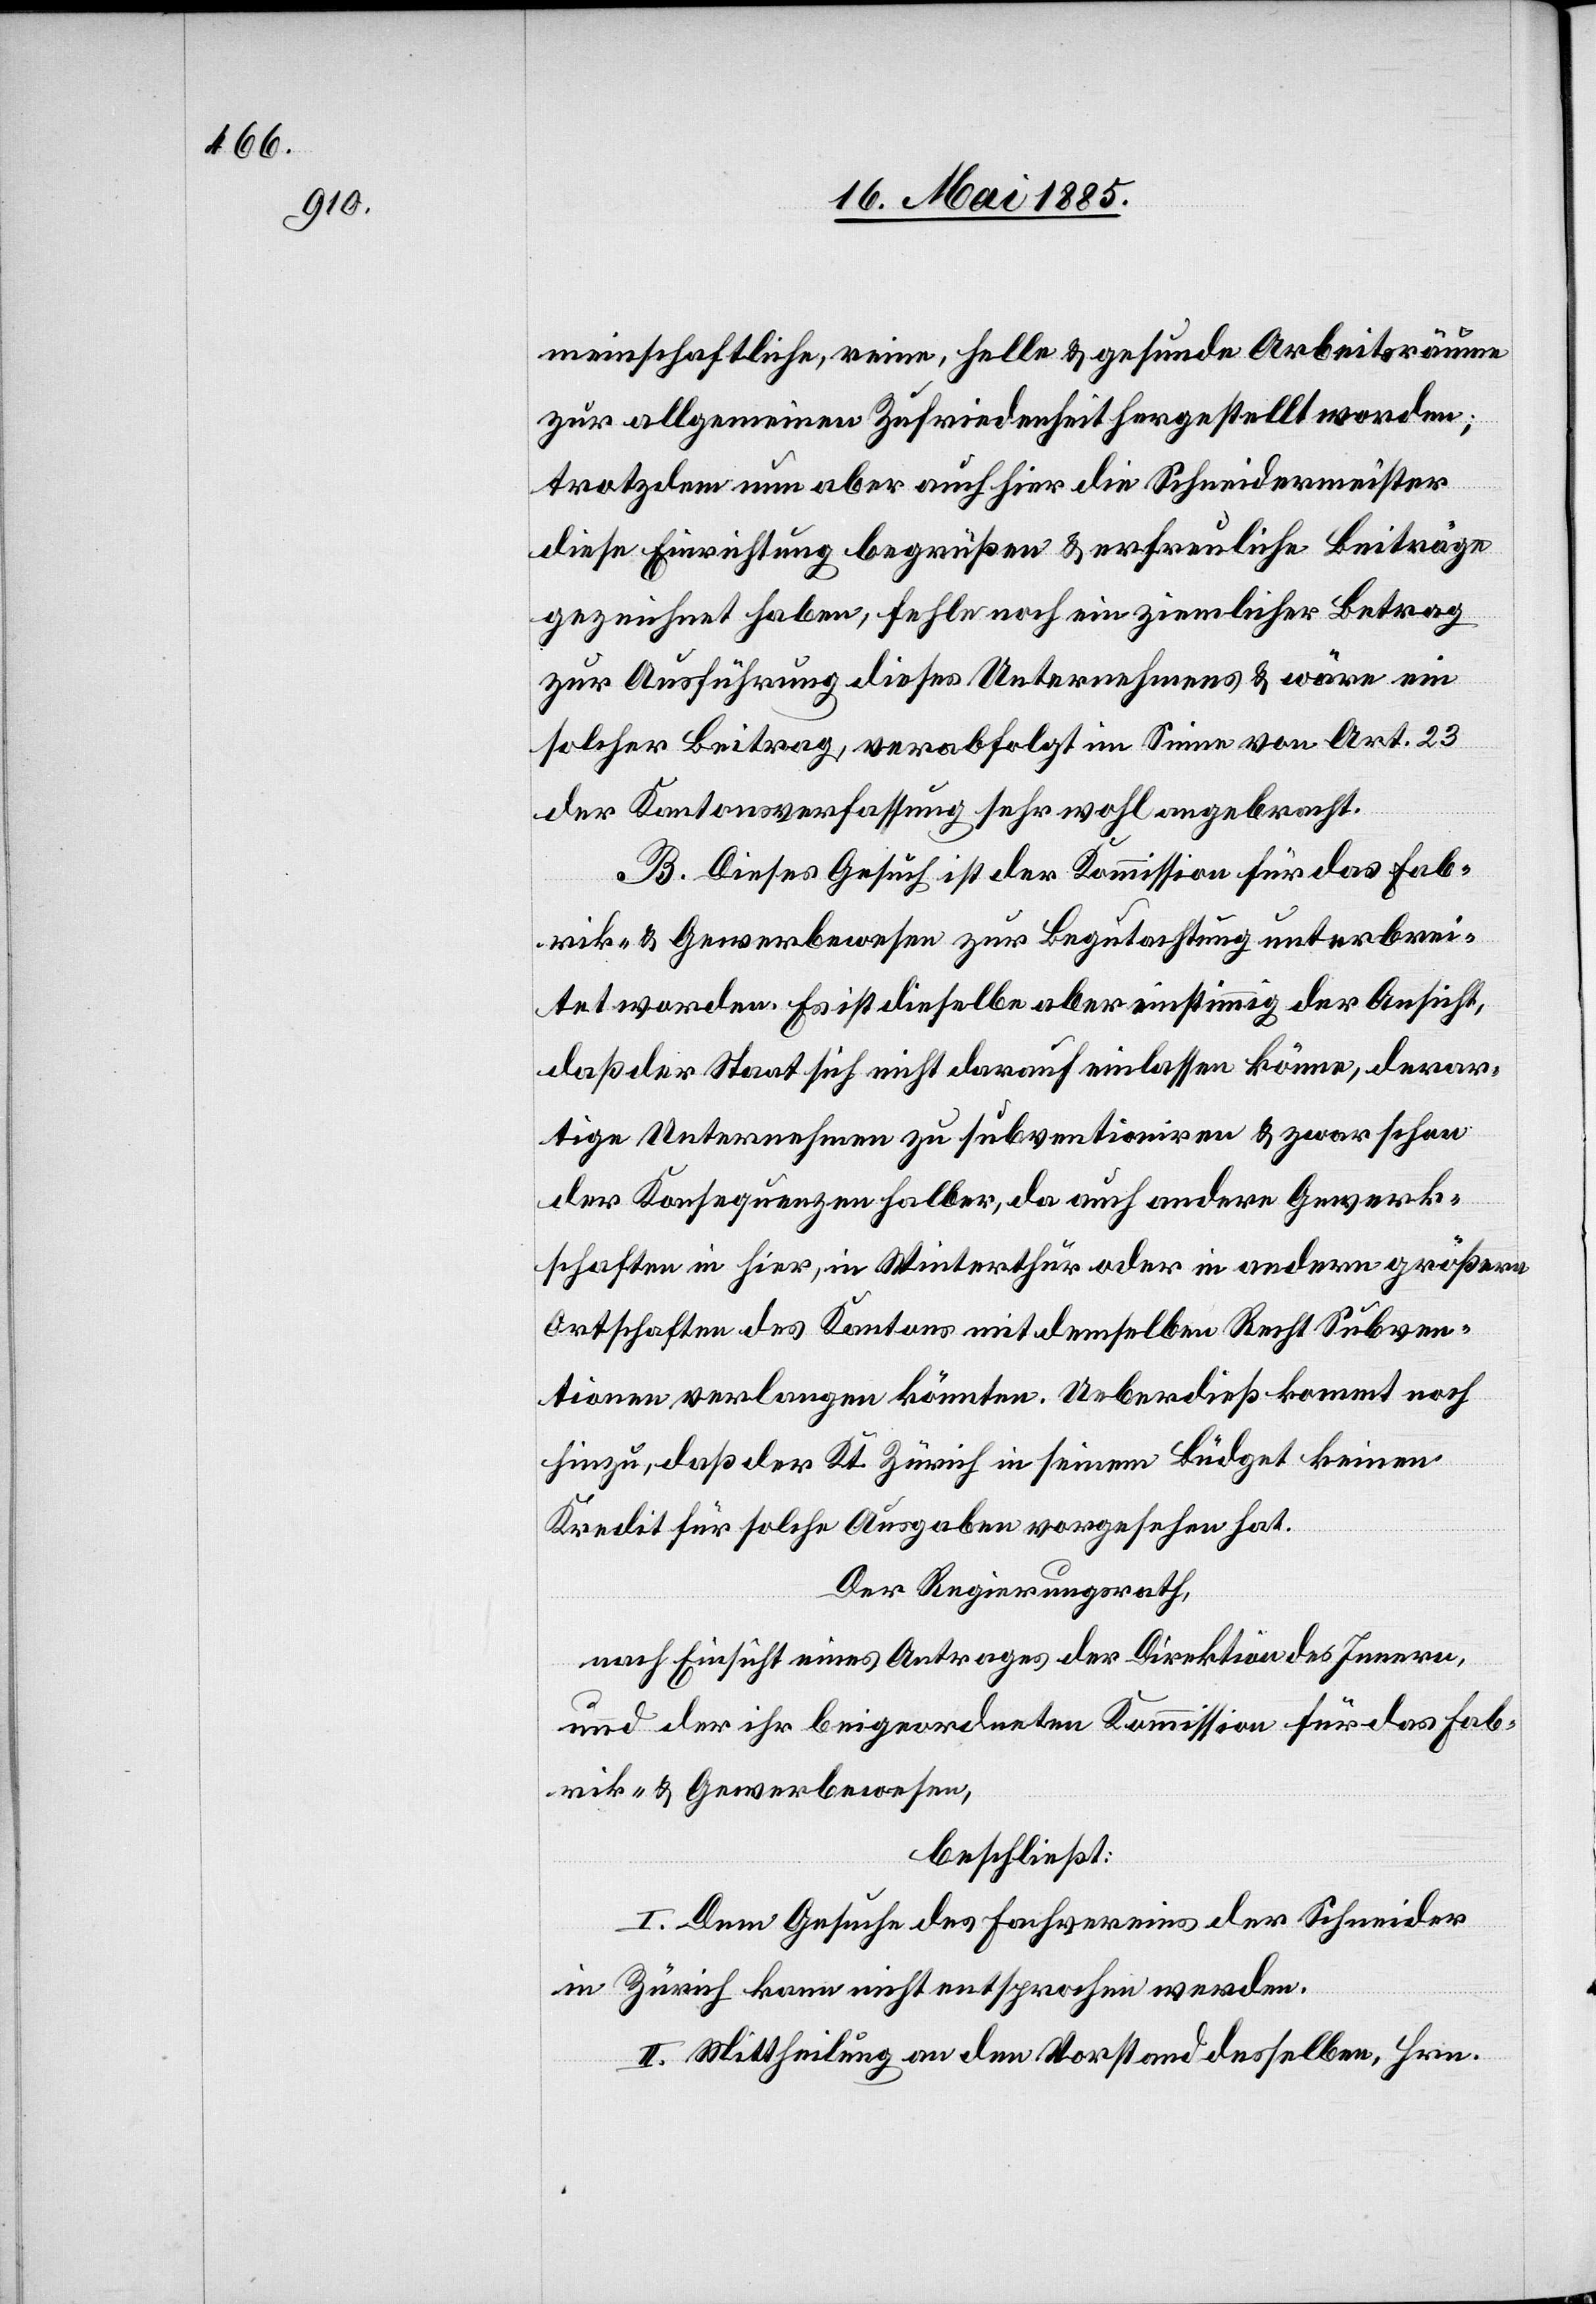
meinschaftliche, reine, helle & gesunde Arbeitsräume
zur allgemeinen Zufriedenheit hergestellt worden;
trotzdem nun aber auch hier die Schneidermeister
diese Einrichtung begrüßen & erfreuliche Beiträge
gezeichnet haben, fehle noch ein ziemlicher Betrag
zur Ausführung dieses Unternehmens & wäre ein
solcher Beitrag, verabfolgt im Sinne von Art. 23
der Kantonsverfassung sehr wohl angebracht.
B. Dieses Gesuch ist der Kommission für das Fab¬
rik- & Gewerbewesen zur Begutachtung unterbrei¬
tet worden. Es ist dieselbe aber einstimmig der Ansicht,
daß der Staat sich nicht darauf einlassen könne, derar¬
tige Unternehmen zu subventioniren & zwar schon
der Konsequenzen halber, da auch andere Gewerk¬
schaften in hier, in Winterthur oder in andern größern
Ortschaften des Kantons mit demselben Recht Subven¬
tionen verlangen könnten. Ueberdieß kommt noch
hinzu, daß der Kt. Zürich in seinem Büdget keinen
Kredit für solche Ausgaben vorgesehen hat.
Der Regierungsrath,
nach Einsicht eines Antrages der Direktion des Innern,
und der ihr beigeordneten Kommission für das Fab¬
rik- & Gewerbewesen,
beschließt:
I. Dem Gesuche des Fachvereins der Schneider
in Zürich kann nicht entsprochen werden.
II. Mittheilung an den Vorstand desselben, Hrn.